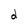
Character: d